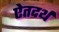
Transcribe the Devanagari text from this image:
ऐतदर्थ